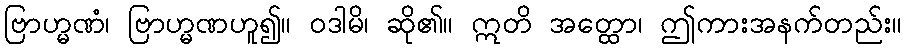
ဗြာဟ္မဏံ၊ ဗြာဟ္မဏဟူ၍။ ဝဒါမိ၊ ဆို၏။ ဣတိ အတ္ထော၊ ဤကားအနက်တည်း။